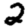
Digit: 2